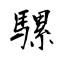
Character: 騾